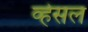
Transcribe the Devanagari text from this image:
व्हेसल